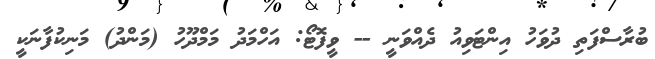
ބުރާސްފަތި ދުވަހު އިންޓަވިއު ދެއްވަނީީ -- ވީފޮޓޯޯ: އަހްމަދު މަމްދޫހު (މަންދު) މަނިކުފާނަކީ